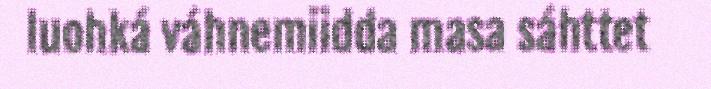
luohká váhnemiidda masa sáhttet